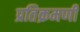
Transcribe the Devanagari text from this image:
प्रतिक्रमणी